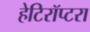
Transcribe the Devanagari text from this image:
हेटिरॉप्टरा